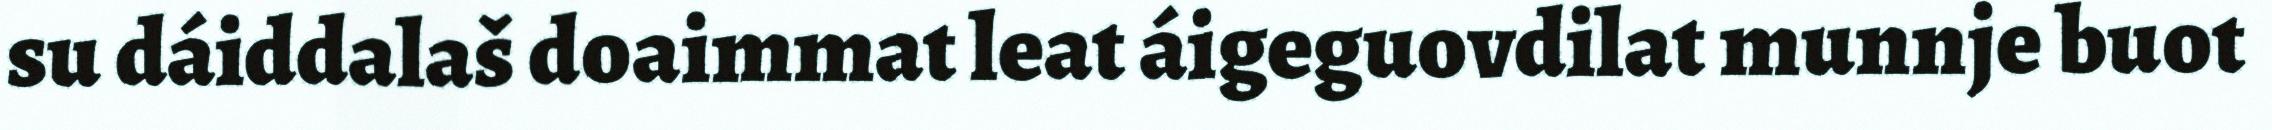
su dáiddalaš doaimmat leat áigeguovdilat munnje buot